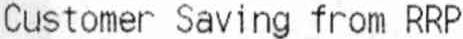
CUSTOMER SAVING FROM RRP